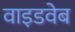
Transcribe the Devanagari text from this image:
वाइडवेब